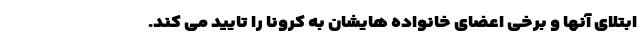
ابتلای آنها و برخی اعضای خانواده هایشان به کرونا را تایید می کند.